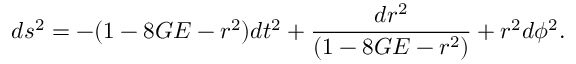
d s ^ { 2 } = - ( 1 - 8 G E - r ^ { 2 } ) d t ^ { 2 } + \frac { d r ^ { 2 } } { ( 1 - 8 G E - r ^ { 2 } ) } + r ^ { 2 } d \phi ^ { 2 } .